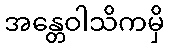
အန္တေဝါသိကမှိ